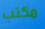
مكتب